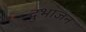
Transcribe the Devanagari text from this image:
दुभाजन